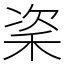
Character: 秶